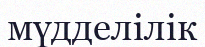
мүдделілік